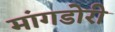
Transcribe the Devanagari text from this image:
मांगडोरी